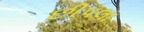
છીપલા